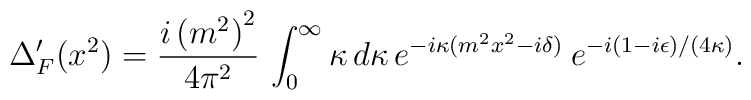
\Delta_F' (x^2) ={i\left (m^2\right )^2\over 4\pi^2}\,\int_0^{\infty}\kappa\, d\kappa\,e^{-i\kappa (m^2x^2-i\delta )}\> e^{-i(1-i\epsilon )/(4\kappa )}.